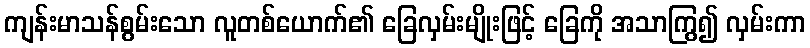
ကျန်းမာသန်စွမ်းသော လူတစ်ယောက်၏ ခြေလှမ်းမျိုးဖြင့် ခြေကို အသာကြွ၍ လှမ်းကာ